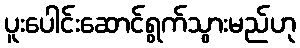
ပူးပေါင်းဆောင်ရွက်သွားမည်ဟု